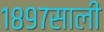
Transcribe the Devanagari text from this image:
१८९७साली